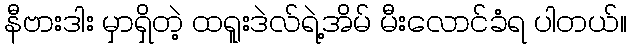
နီဗားဒါး မှာရှိတဲ့ ထရူးဒဲလ်ရဲ့အိမ် မီးလောင်ခံရ ပါတယ်။